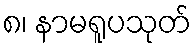
၈၊ နာမရူပသုတ်